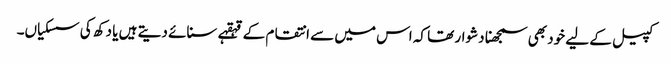
کپیل کے لیے خود بھی سمجھنا دشوار تھا کہ اس میں سے انتقام کے قہقہے سنائے دیتے ہیں یا دکھ کی سسکیاں۔